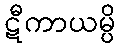
ဋီကာယမ္ပိ